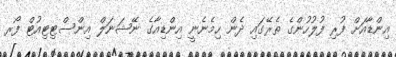
އިންޑާއަށް ފުރި ފުލުހުންގެ ތެރޭގައި ދެން ހިމެނެނީ އިންޑިއާގެ ނޭޝަނަލް އިންސްޓިޓިއުޓް ފޯރ